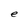
Character: e